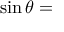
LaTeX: \sin \theta =